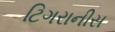
ટિગરાનીસ